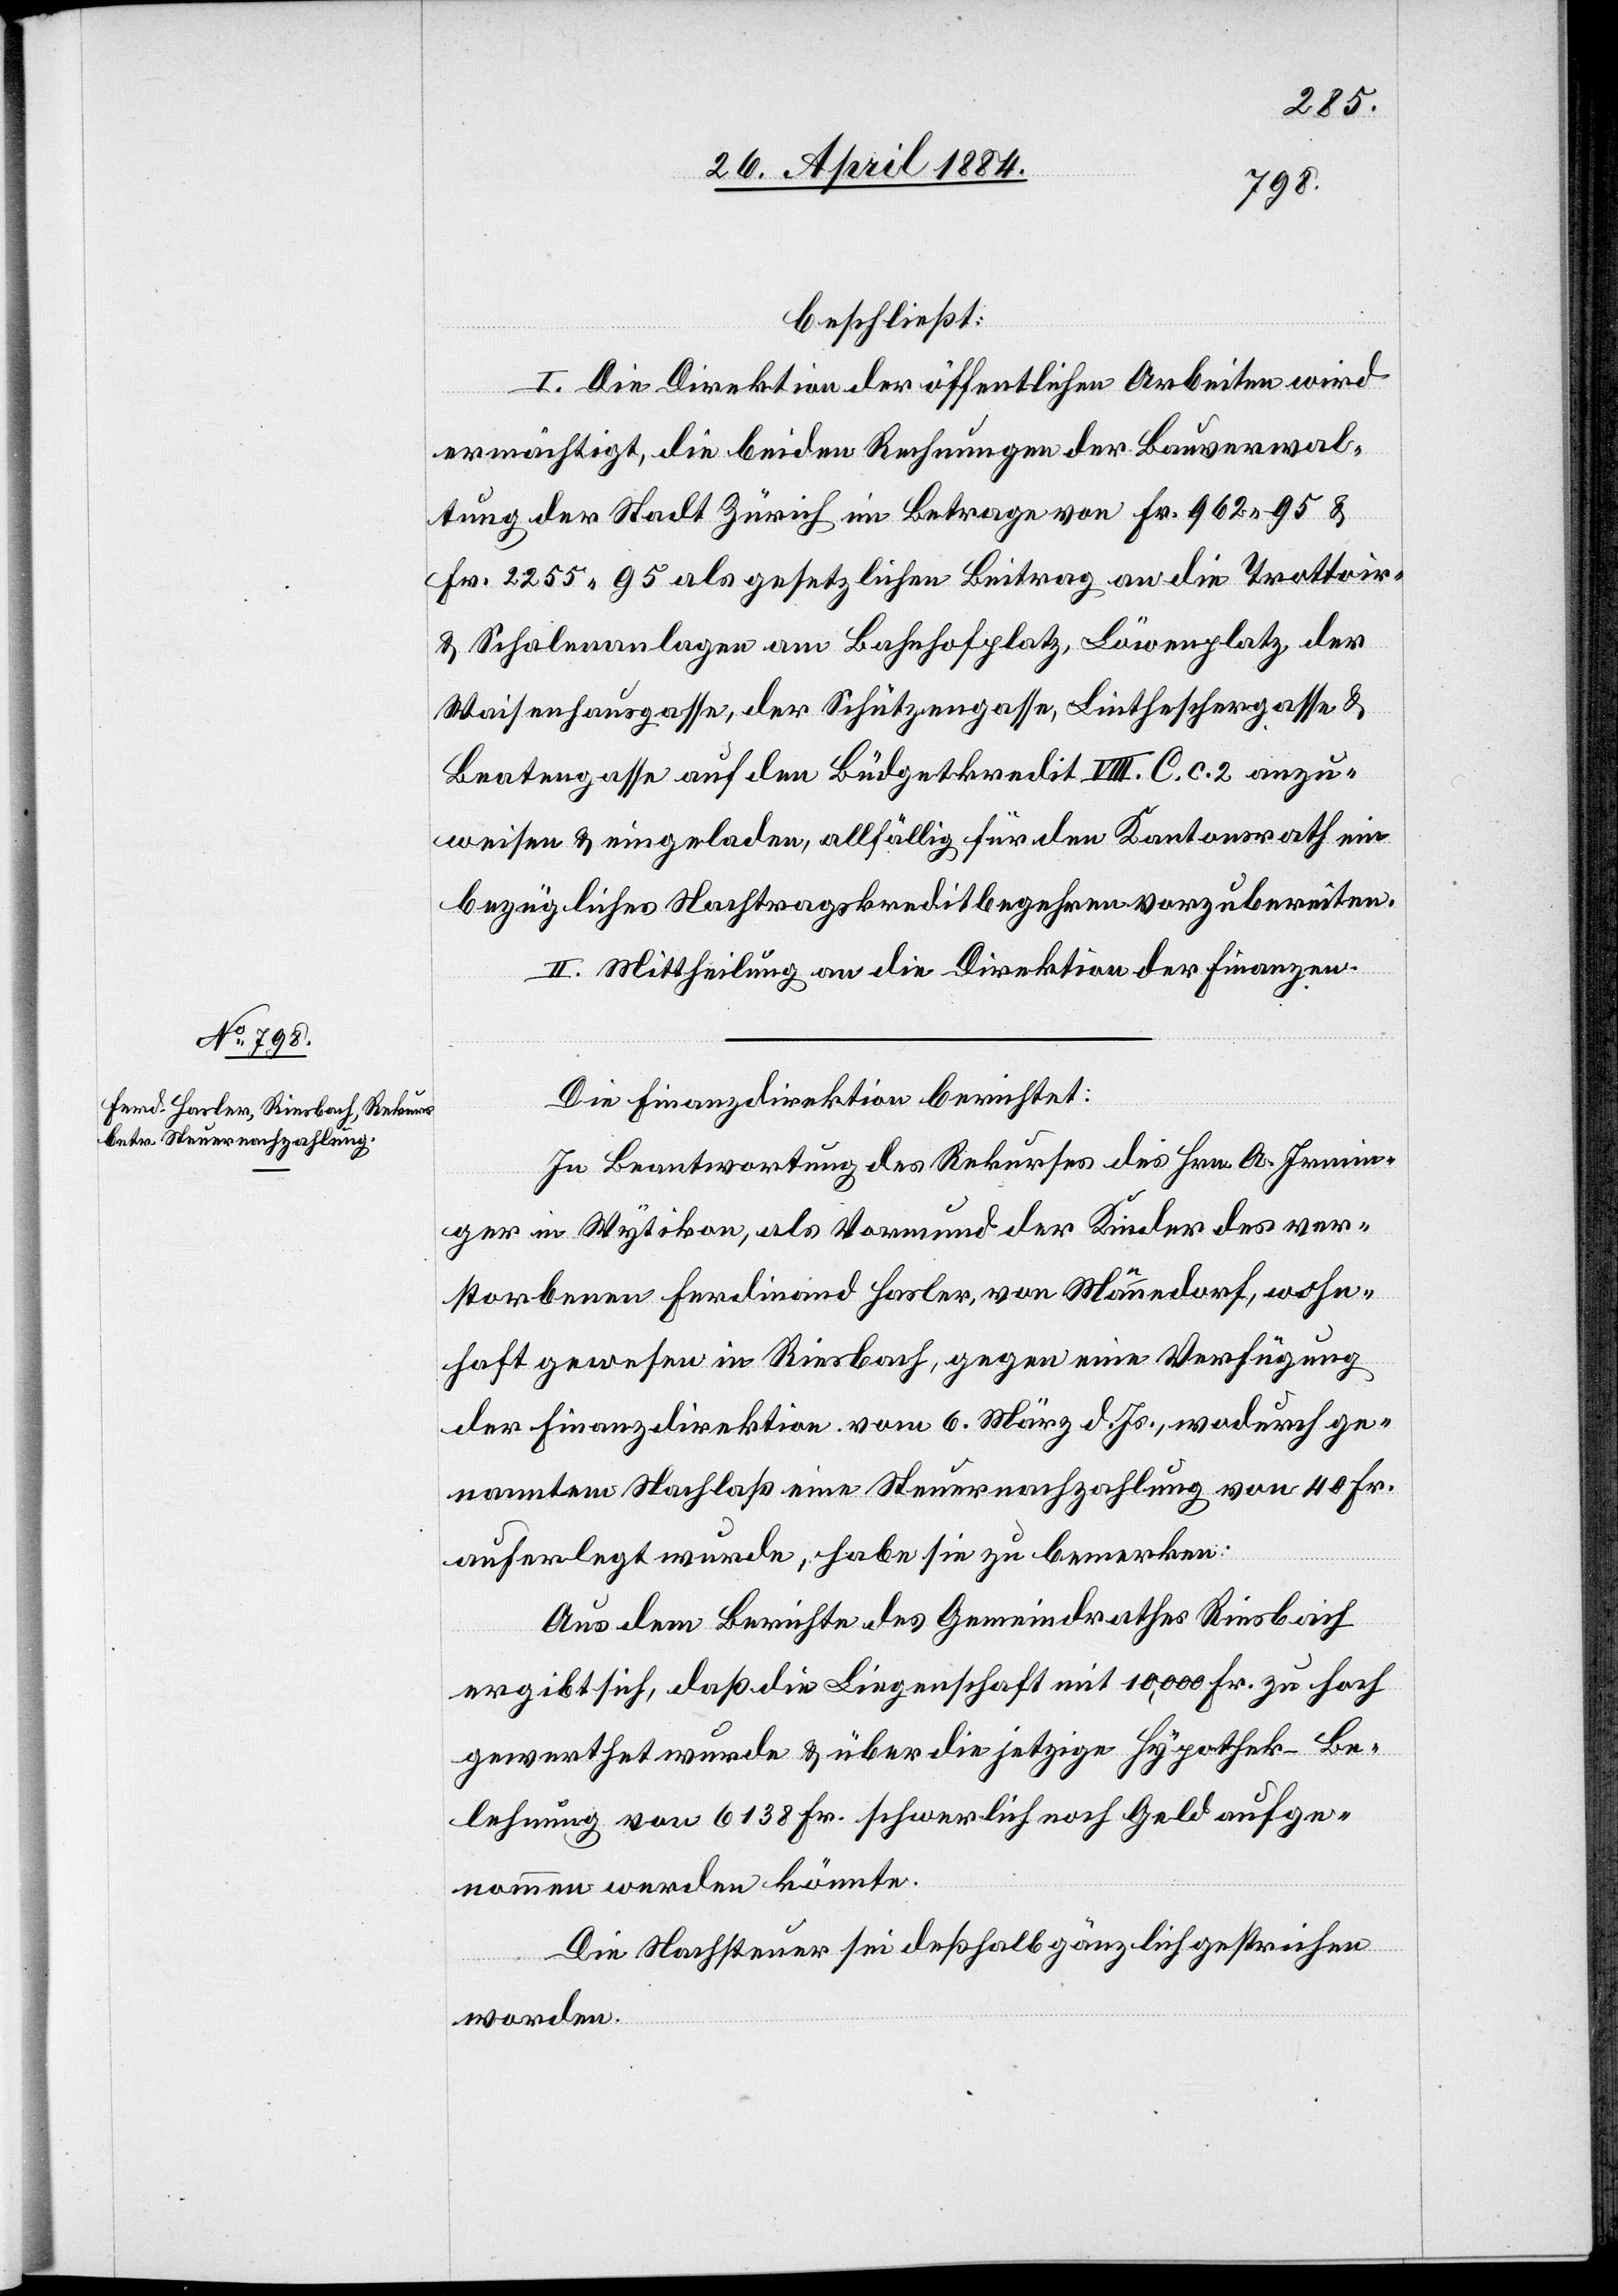
beschließt:
I. Die Direktion der öffentlichen Arbeiten wird
ermächtigt, die beiden Rechnungen der Bauverwal¬
tung der Stadt Zürich im Betrage von Fr. 962 95 &
Fr. 2255 95 als gesetzlichen Beitrag an die Trottoir-
& Schalenanlagen am Bahnhofplatz, Löwenplatz, der
Waisenhausgasse, der Schützengasse, Lintheschergasse &
Beatengasse auf den Büdgetkredit VIII. C. c. 2 anzu¬
weisen & eingeladen, allfällig für den Kantonsrath ein
bezügliches Nachtragskreditbegehren vorzubereiten.
II. Mittheilung an die Direktion der Finanzen.
Die Finanzdirektion berichtet:
In Beantwortung des Rekurses des Hrn. A. Irmin¬
ger in Wytikon, als Vormund der Kinder des ver¬
storbenen Ferdinand Hasler, von Männedorf, wohn¬
haft gewesen in Riesbach, gegen eine Verfügung
der Finanzdirektion vom 6. März d. Js., wodurch ge¬
nanntem Nachlaß eine Steuernachzahlung von 40 Fr.
auferlegt wurde, habe sie zu bemerken:
Aus dem Berichte des Gemeindrathes Riesbach
ergibt sich, daß die Liegenschaft mit 10,000 Fr. zu hoch
gewerthet wurde & über die jetzige Hypothek-Be¬
lehnung von 6138 Fr. schwerlich noch Geld aufge¬
nommen werden könnte.
Die Nachsteuer sei deßhalb gänzlich gestrichen
worden.